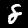
Digit: 8